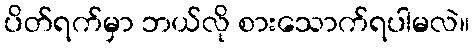
ပိတ်ရက်မှာ ဘယ်လို စားသောက်ရပါမလဲ။